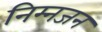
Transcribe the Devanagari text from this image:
निम्नजन